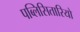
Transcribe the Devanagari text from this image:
पब्लिसितारियो